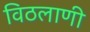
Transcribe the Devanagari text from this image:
विठलाणी